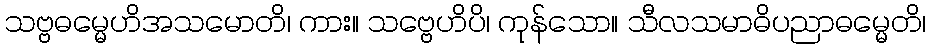
သဗ္ဗဓမ္မေဟိအသမောတိ၊ ကား။ သဗ္ဗေဟိပိ၊ ကုန်သော။ သီလသမာဓိပညာဓမ္မေတိ၊